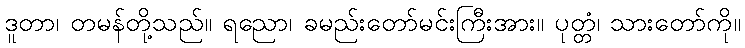
ဒူတာ၊ တမန်တို့သည်။ ရညော၊ ခမည်းတော်မင်းကြီးအား။ ပုတ္တံ၊ သားတော်ကို။